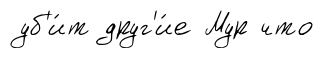
уб'и́т друг'и́е Мур что